Report on the treatment of epidemic cholera: from information collected by the governments of Bengal, Madras, Bombay, N.W. Provinces, Punjab, Oudh, and Central India, by order of the Government of India
Disease focus: Cholera
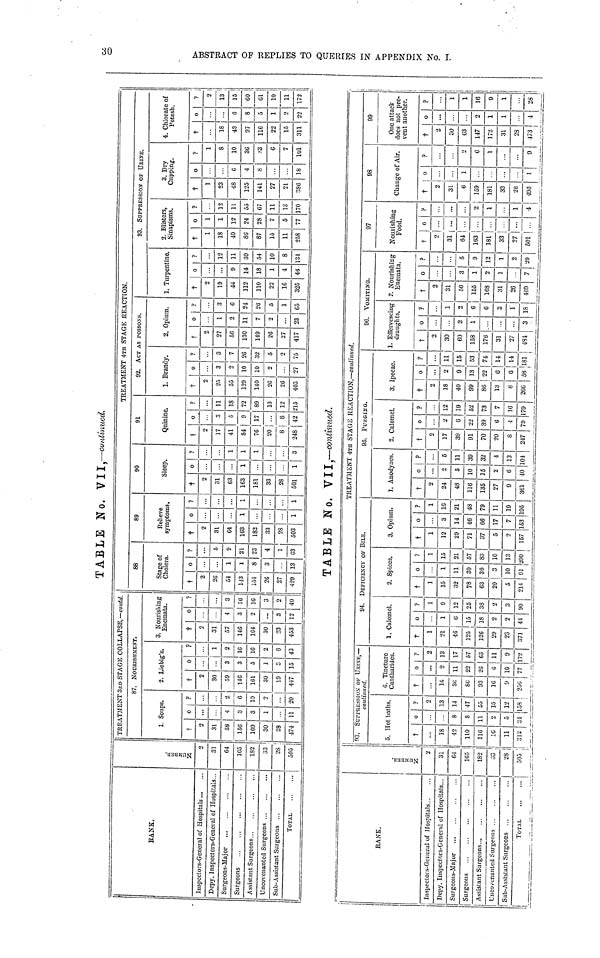
30 ABSTRACT OF R
TABLE No. VII, —continued.
RANK.
Inspectors-General of Hospitals
Depy. Inspectors-General of Hospitals...
Surgeons-Major
Surgeons
Assistant Surgeons
Uncovenanted Surgeons
Sub-Assistant Surgeons
TOTAL
Nursen
9
31
G4
1G5
182
33
28
303
TREATMENT 3RD STAGE COLLAPSE,— contd.
87. NOURISHMENT.
1. Soups.
†
2
31
58
156
109
30
28
174
o
4
3
3
1
11
?
2
6
10
9
20
2. Liebig's.
†
2
30
59
146
161
30
19
447
o
3
3
5
1
3
15
?
1
2
16
16
2
6
43
3. Nourishing
Encmata.
†
2
31
57
146
104
30
23
453
o
4
3
2
3
12
?
3
16
16
3
2
40
88
Stage of
Cholera.
†
2
2G
54
143
151
2G
27
429
o
1
1
8
3
13
?
5
9
21
23
4
1
G3
89
Relieve
symptoms.
†
2
31
C4
163
182
33
28
503
o
1
1
?
\
1
90
Sleep.
†
0
31
63
163
181
33
28
501
o
1
...
1
?
1
1
...
3
91
TREATMENT 4TH STAGE RAKACTION.
Quinine.
t
?
17
41
84
76
20
8
248
o
3
5
9
17
R
42
?
11
18
72
89
13
12
215
STAG E Kl
92. ACT AS POISONS.
1. Brandy.
†
2
25
55
129
140
26
26
403
o
3
2
10
10
2
27
?
3
7
26
32
5
9
75
2. Opium,
†
2
27
56
130
149
26
27
417
o
1
2
11
7
2
23
?
3
6
24
26
5
1
65
ION.
1. Turpentine,
†
9
19
44
112
110
22
16
325
o
9
14
18
1
4
46
?
12
11
39
54
10
8
134
93. SUPPRESSION OF URINE.
2. Blisters,
Sinapisms.
†
1
18
40
86
87
15
11
238
o
1
1
12
24
28
7
5
77
?
12
11
55
67
11
13
170
3. Dry
Cupping.
†
1
23
48
125
141
27
21
386
o
6
4
8
18
?
1
8
10
36
33
6
7
101
4. Chlorate of
Potash.
†
18
43
97
116
22
15
311°6
8
5
1
o
22
?
2
13
15
60
61
10
11
172
TABLE No. VII .—continued.
RANK.
InspectoRs-GENERAL of Hospitals ..
Depy. Inspectors-General of Hospitals...
Surgeons-Major
Surgeons
Assistant Surgeons...
Uncovenanted Surgeons
Sub-Assistant Surgeons
TOTAL
2
31
64
165
182 i
33
28 28
305
TREATMENT 4TH STAGE REACTION,— continued.
13. SUPERVISSION OF
continued,
5. Hot baths.
†
18
42
110
116
16
11
313
8
8
11
2
5
31
?
9
13
14
47
55
15
12
108
G. Tincture
Cantharides.
†
16
36
86
93
16
9
250
o
2
11
22
23
6
10
77
?
2
13
17
57
63
11
9
172
94. DEFICIENCY OP BILE.
1. Calomel.
†
1
21
46
125
125
29
23
371
o
1
0
15
18
2
2
44
?
1
9
12
25
38
2
3
90
2. Spices.
†
1
15
32
78
63
20
5
211
o
1
11
30
36
3
10
01
?
1
15
21
57
33
10
13
200
3. Opium.
†
1
12
29
71
37
δ
9
157
o
3
14
46
66
17
7
153
?
1
16
21
4S
79
11
19
195
1, Anodynes.
†
2
24
43
116
135
27
9
361
o
2
5
10
15
2
6
40
?
6
11
39
32
4
13
101
95. PURGING
2. Calomel.
†
9
17
39
91
70
20
8
247
o
2
6
22
39
6
4
79
?
12
19
52
73
7
16
179
3. Ipecac.
2
18
40
99
86
13
8
2GG
2
9
13
22
6
6
58
?
...
11
15
53
74
14
14
181
90 VOMITING.
1. Effervescing
draughts.
†
9
30
60
158
176
31
27
484
o
2
1
3
?
1
2
6
6
2
1
18
2. Nourishing
Euemata.
†
9
31
56
155
168
31
20
469
o
3
1
9
1
7
?
5
9
12
1
2
29
97
Nourishing
Food.
†
2
31
6-1
163
181
33
27
501
o
...
...
...
...
?
...
2
1
1
4
98
Change of Air.
†
2
31
6
159
181
33
28
495
o
1
1
?
2
6
1
9
99
One attack
docs not pre-
vent another.
†
2
30
03
147
172
31
23
173
o
...
9
1
1
1
?
1
1
16
9
1
3